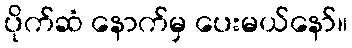
ပိုက်ဆံ နောက်မှ ပေးမယ်နော်။